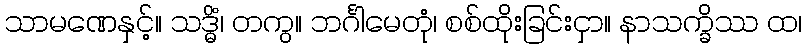
သာမဏေနှင့်။ သဒ္ဓိံ၊ တကွ။ ဘင်္ဂါမေတုံ၊ စစ်ထိုးခြင်းငှာ။ နာသက္ခိဿ ထ၊